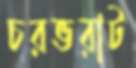
চরভরাট